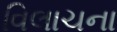
વિલાચના